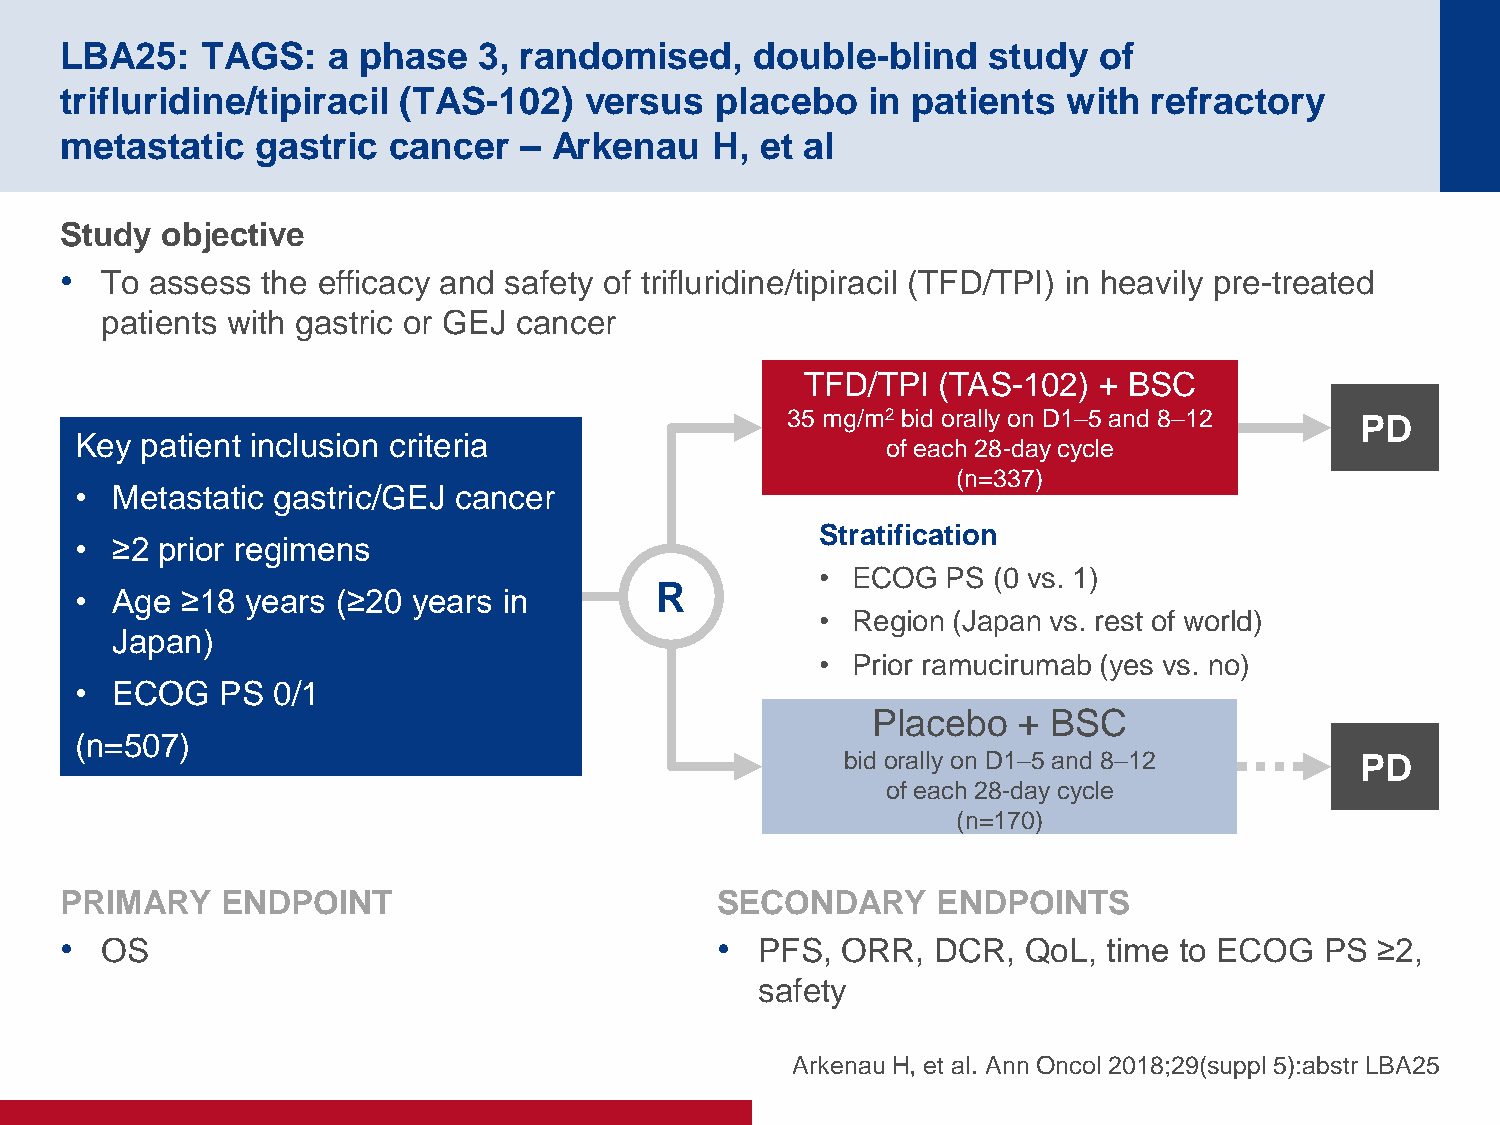
LBA25:   TAGS:    a phase   3, randomised,    double-blind   study   of
 trifluridine/tipiracil (TAS-102)   versus  placebo   in patients   with refractory
 metastatic   gastric  cancer  –  Arkenau   H, et al
 Study  objective
 •  To assess the efficacy and safety of trifluridine/tipiracil (TFD/TPI) in heavily pre-treated
 patients with gastric or GEJ cancer
 TFD/TPI  (TAS-102)  + BSC
 35 mg/m2 bid orally on D1–5 and 8–12  PD
 Key patient inclusion criteria
 of each 28-day cycle
 (n=337)
 • Metastatic gastric/GEJ cancer
 Stratification
 • ≥2 prior regimens
 • ECOG   PS (0 vs. 1)
 R
 • Age  ≥18 years (≥20 years in
 • Region (Japan vs. rest of world)
 Japan)
 • Prior ramucirumab (yes vs. no)
 • ECOG    PS 0/1
 Placebo  +  BSC
 (n=507)
 bid orally on D1–5 and 8–12       PD
 of each 28-day cycle
 (n=170)
 PRIMARY    ENDPOINT                        SECONDARY      ENDPOINTS
 •  OS                                      •  PFS,  ORR,  DCR,  QoL, time to ECOG   PS ≥2,
 safety
 Arkenau H, et al. Ann Oncol 2018;29(suppl 5):abstr LBA25